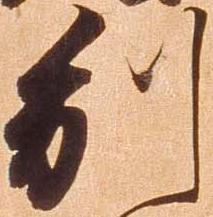
別